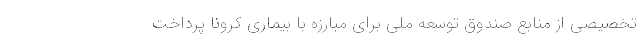
تخصیصی از منابع صندوق توسعه ملی برای مبارزه با بیماری کرونا پرداخت